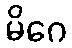
မိဂေ